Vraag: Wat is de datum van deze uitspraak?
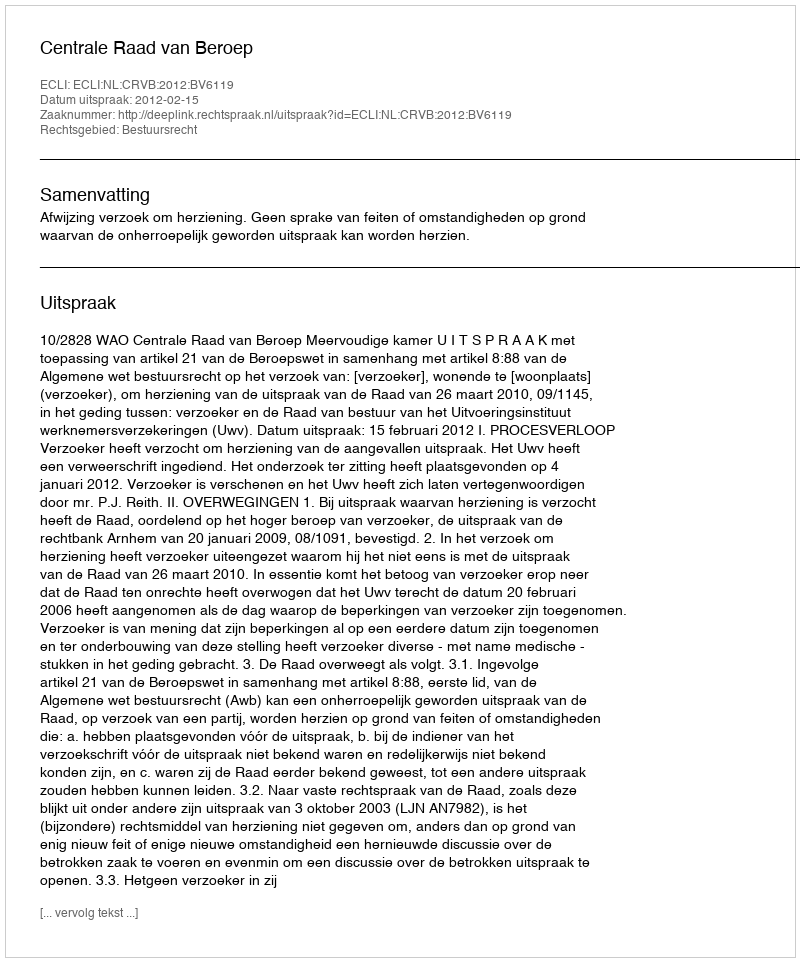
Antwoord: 2012-02-15